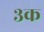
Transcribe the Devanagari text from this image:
३क